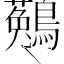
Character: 𪆆